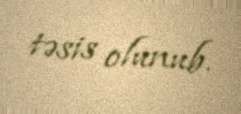
təsis olunub.